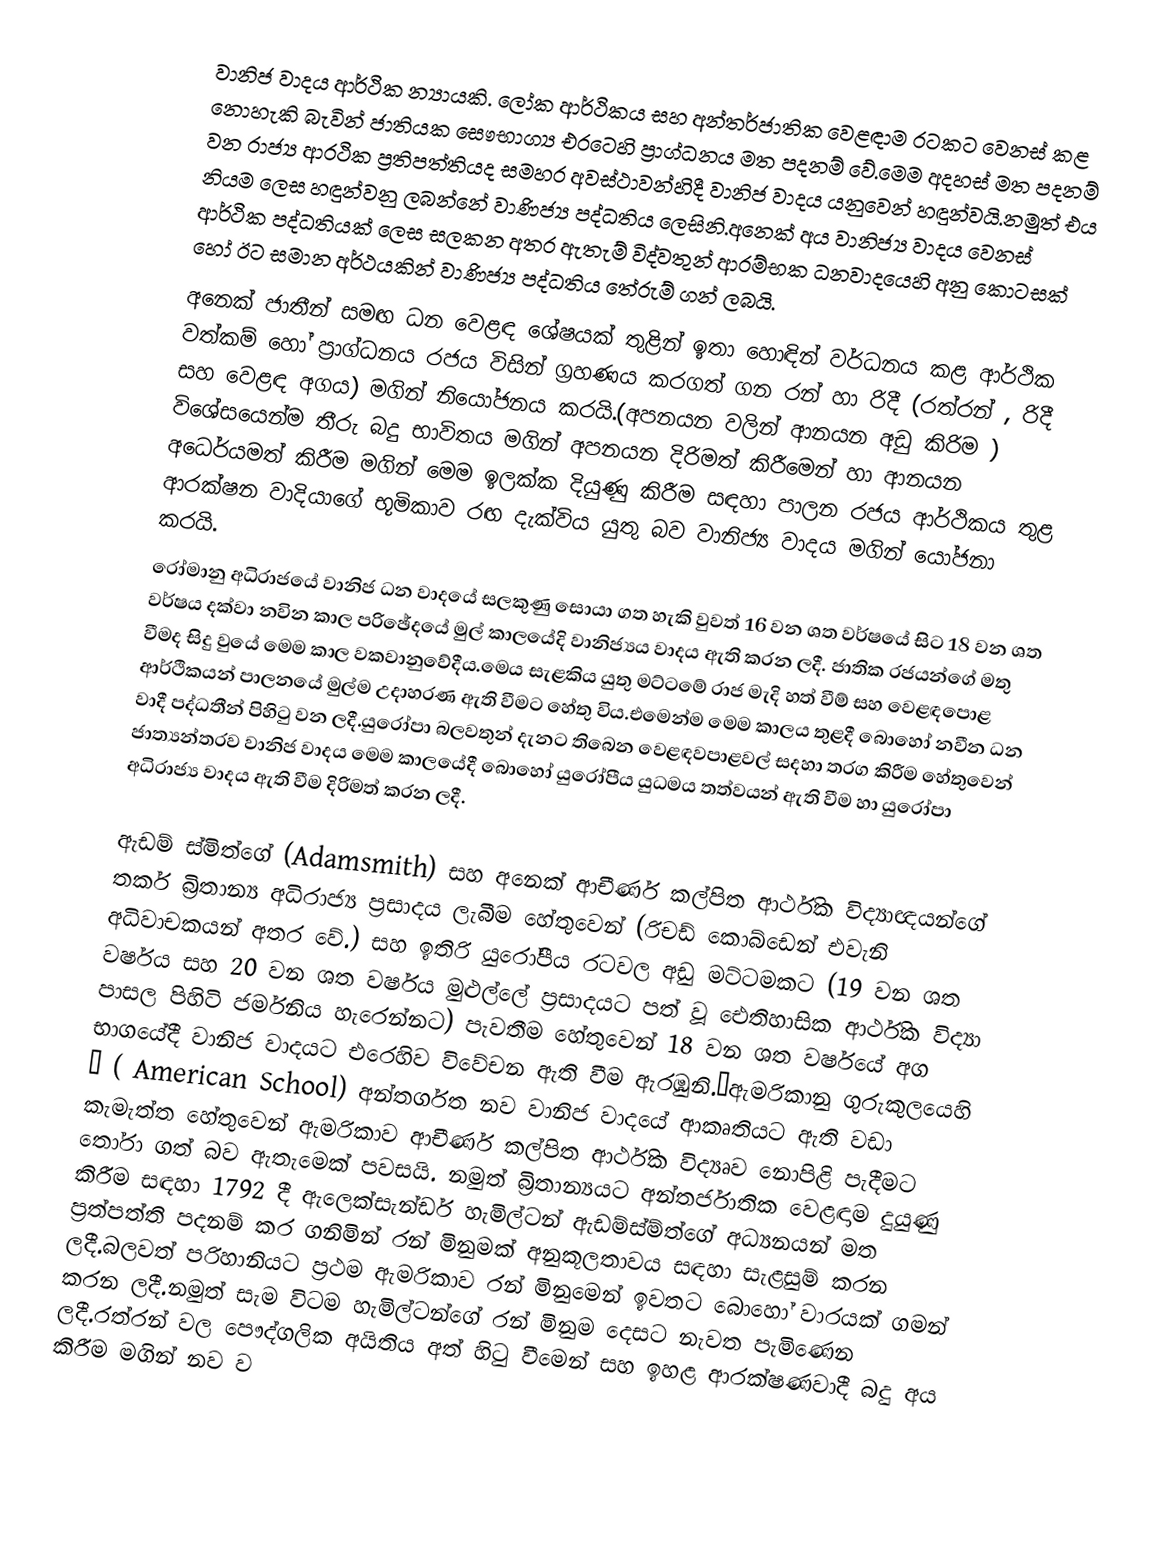
වානිජ වාදය ආර්ථික න්‍යායකි. ලෝක ආර්ථිකය සහ අන්තර්ජාතික වෙළඳාම රටකට වෙනස් කළ නොහැකි බැවින් ජාතියක සෞභාග්‍ය එරටෙහි ප්‍රාග්ධනය මත පදනම් වේ.මෙම අදහස් මත පදනම් වන රාජ්‍ය ආරථික ප්‍රතිපත්තියද සමහර අවස්ථාවන්හිදී වානිජ වාදය යනුවෙන් හඳුන්වයි.නමුත් එය නියම ලෙස හඳුන්වනු ලබන්නේ වාණිජ්‍ය පද්ධතිය ලෙසිනි.අනෙක් අය වානිජ්‍ය වාදය වෙනස් ආර්ථික පද්ධතියක් ලෙස සලකන අතර ඇතැම් විද්වතුන් ආරම්භක ධනවාදයෙහි අනු කොටසක් හෝ ඊට සමාන අර්ථයකින් වාණිජ්‍ය පද්ධතිය තේරුම් ගන් ලබයි.
අනෙක් ජාතීන් සමඟ ධන වෙළඳ ශේෂයක් තුළින් ඉතා හොඳින් වර්ධනය කළ ආර්ථික වත්කම් හෝ ප්‍රාග්ධනය රජය විසින් ග්‍රහණය කරගත් ගන රන් හා රිදී  (රත්රන් , රිදී සහ වෙළඳ අගය) මගින් නියෝජනය කරයි.(අපනයන වලින් ආනයන අඩු කිරිම ) විශේසයෙන්ම තීරු බදු භාවිතය මගින් අපනයන දිරිමත් කිරීමෙන් හා ආනයන අධෙර්යමත් කිරීම මගින් මෙම ඉලක්ක දියුණු කිරීම සඳහා පාලන රජය ආර්ථිකය තුළ ආරක්ෂන වාදියාගේ භූමිකාව රඟ දැක්විය යුතු බව වානිජ්‍ය වාදය මගින් යෝජනා කරයි.
රෝමානු අධිරාජයේ වානිජ ධන වාදයේ සලකුණු  සොයා ගත හැකි වුවත් 16 වන ශත වර්ෂයේ සිට 18 වන ශත වර්ෂය දක්වා නවින කාල පරිඡේදයේ මුල් කාලයේදි වානිජ්‍යය වාදය ඇති කරන ලදී. ජාතික රජයන්ගේ මතු වීමද සිදු වුයේ මෙම කාල වකවානුවේදීය.මෙය සැළකිය යුතු මට්ටමේ රාජ මැදි හත් වීම් සහ වෙළඳපොළ ආර්ථිකයන් පාලනයේ මුල්ම උදාහරණ ඇති වීමට හේතු විය.එමෙන්ම මෙම කාලය තුළදී බොහෝ නවීන ධන වාදී පද්ධතීන් පිහිටු වන ලදී.යුරෝපා බලවතුන් දැනට තිබෙන වෙළඳවපාළවල් සදහා තරග කිරීම හේතුවෙන් ජාත්‍යන්තරව වානිජ වාදය මෙම කාලයේදී බොහෝ යුරෝපීය යුධමය තත්වයන් ඇති වීම හා යුරෝපා අධිරාජ්‍ය වාදය ඇති වීම දිරිමත් කරන ලදී.

ඇඩම් ස්මිත්ගේ (Adamsmith) සහ අනෙක් ආචීර්ණ කල්පිත ආර්ථික විද්‍යාඥයන්ගේ තර්ක බ්‍රිතාන්‍ය අධිරාජ්‍ය ප්‍රසාදය ලැබීම හේතුවෙන් (රිචඩ් කොබ්ඩෙන් එවැනි අධිවාචකයන් අතර වේ.) සහ ඉතිරි යුරෝපීය රටවල අඩු මට්ටමකට (19 වන ශත වර්ෂය සහ 20 වන ශත වර්ෂය මුළුල්ලේ ප්‍රසාදයට පත් වූ ‍ඓතිහාසික ආර්ථික විද්‍යා පාසල පිහිටි ජර්මනිය හැරෙන්නට) පැවතීම හේතුවෙන් 18 වන ශත වර්ෂයේ අග භාගයේදී වානිජ වාදයට එරෙහිව විවේචන ඇති වීම ඇරඹුනි.”ඇමරිකානු ගුරුකුලයෙහි “ ( American School) අන්තර්ගත නව වානිජ වාදයේ ආකෘතියට ඇති වඩා කැමැත්ත හේතුවෙන් ඇමරිකාව ආචීර්ණ කල්පිත ආර්ථික විද්‍යෘව නොපිළි පැදීමට තෝරා ගත් බව ඇතැමෙක් පවසයි. නමුත් බ්‍රිතාන්‍යයට අන්තර්ජාතික වෙළඳාම දුයුණු කිරීම සඳහා 1792 දී ඇලෙක්සැන්ඩර් හැමිල්ටන් ඇඩම්ස්ම්ත්ගේ අධ්‍යනයන් මත ප්‍රත්පත්ති පදනම් කර ගනිමින් රන් මිනුමක් අනුකූලතාවය සඳහා සැළසුම් කරන ලදී.බලවත් පරිහානියට ප්‍රථම ඇමරිකාව රන් මිනුමෙන් ඉවතට බොහෝ වාරයක් ගමන් කරන ලදී.නමුත් සැම විටම හැමිල්ටන්ගේ රන් මිනුම දෙසට නැවත පැමිණෙන ලදී.රත්රන් වල පෞද්ගලික අයිතිය අත් හිටු වීමෙන් සහ ඉහළ ආරක්ෂණවාදී  බදු අය කිරීම මගින් නව ව